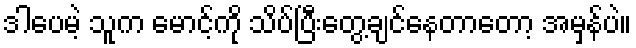
ဒါပေမဲ့ သူက မောင့်ကို သိပ်ပြီးတွေ့ချင်နေတာတော့ အမှန်ပဲ။